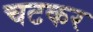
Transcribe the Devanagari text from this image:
चटकर